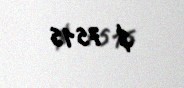
$ 7515